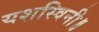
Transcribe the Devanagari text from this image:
यशस्विनी॥